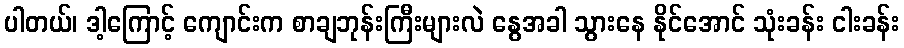
ပါတယ်၊ ဒါ့ကြောင့် ကျောင်းက စာချဘုန်းကြီးများလဲ နွေအခါ သွားနေ နိုင်အောင် သုံးခန်း ငါးခန်း